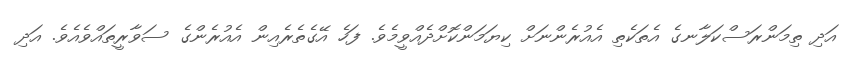
އަދި ތިމަންރަސްކަލާނގެ އެތަކެތި އެއުރެންނަށް ކިޔަމަންކޮށްދެއްވީމެވެ. ފަހެ އޭގެތެރެއިން އެއުރެންގެ ސަވާރީތައްވެއެވެ. އަދި